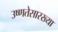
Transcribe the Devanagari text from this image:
उष्णतेसारख्या